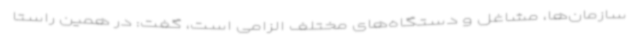
سازمان‌ها، مشاغل و دستگاه‌های مختلف الزامی است، گفت: در همین راستا